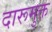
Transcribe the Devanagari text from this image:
दारूमुक्त